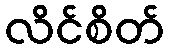
လိင်စိတ်